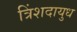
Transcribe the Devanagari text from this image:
त्रिंशदायुध